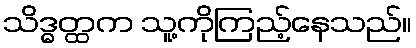
သိဒ္ဓတ္ထက သူ့ကိုကြည့်နေသည်။